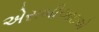
એસબીઆઇએ